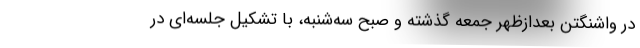
در واشنگتن بعدازظهر جمعه گذشته و صبح سه‌شنبه، با تشکیل جلسه‌ای در